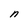
Character: n